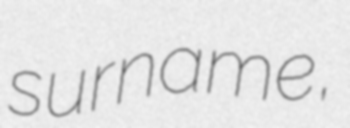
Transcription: surname,